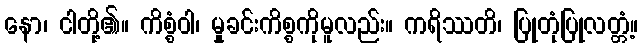
နော၊ ငါတို့၏။ ကိစ္စံဝါ၊ မှုခင်းကိစ္စကိုမူလည်း။ ကရိဿတိ၊ ပြုတုံပြုလတ္တံ့။